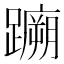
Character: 𫏤